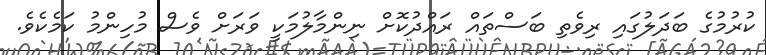
ކުރުމުގެ ބަދަލުގައި ރިވެތި ބަސްތައް ރައްދުކޮށް ނިންމާލުމަކީ ވަރަށް ވެސް މުހިންމު ކަމެކެވެ.